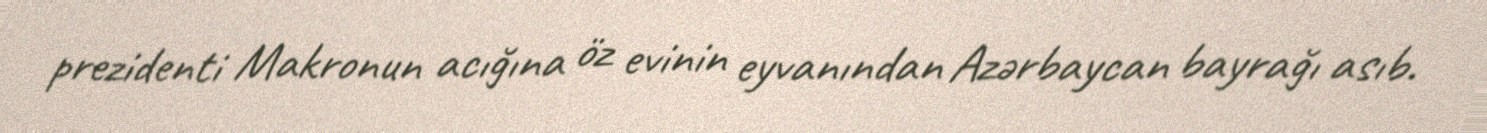
prezidenti Makronun acığına öz evinin eyvanından Azərbaycan bayrağı asıb.